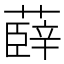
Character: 𮑠